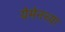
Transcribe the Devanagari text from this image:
येमेनच्या